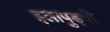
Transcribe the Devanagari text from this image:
इलापुड्ची